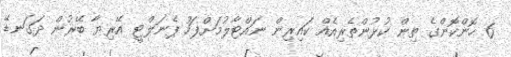
6 ހޮންކޮންގެ ތިން ކުޅުންތެރިއެއް ކައިރިން ނައްޓާލުމަށްފަހު ޕެނަލްޓީ އޭރިޔާ ބޭރުން ދަގަނޑޭ